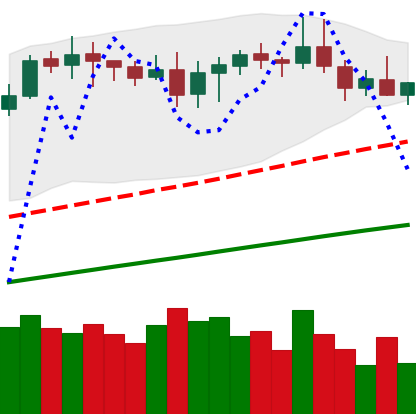
Ticker: DOGE-USD
Chart end date: 2020-08-22
Forward return: -6.944%
Label: down_5_7